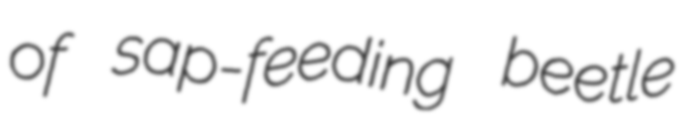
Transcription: of sap-feeding beetle